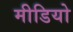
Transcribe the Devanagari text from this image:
मीडियो